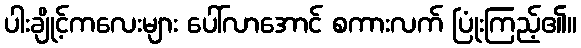
ပါးချိုင့်ကလေးများ ပေါ်လာအောင် စကားလက် ပြုံးကြည့်၏။